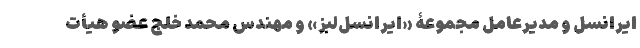
ایرانسل و مدیرعامل مجموعۀ «ایرانسل‌لبز» و مهندس محمد خلج عضو هیأت